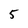
Character: 5